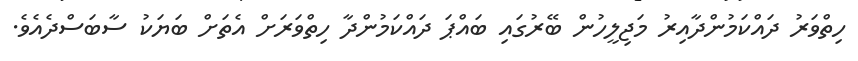
ހިތްވަރު ދައްކަމުންދާއިރު މަޖިލީހުން ބޭރުގައި ބައްޕަ ދައްކަމުންދާ ހިތްވަރަށް އެތަށް ބަޔަކު ސާބަސްދެއެވެ.